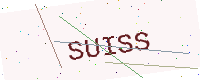
Text: SUISS